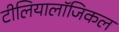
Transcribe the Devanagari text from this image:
टीलियालॉजिकल